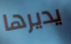
يديرها